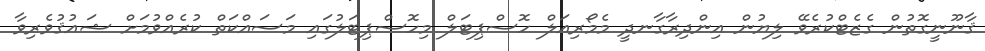
ޤާނޫނީގޮތުން ގެޒެޓްކުރެވޭ ލިޔުން އިންދިރާގާނދީ މެމޯރިއަލް ހޮސްޕިޓަލް މިހޮސްޕިޓަލުގައި މަސައްކަތް ކުރެއްވުމަށް ޝައުޤުވެރިވާ